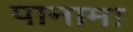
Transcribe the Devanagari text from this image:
पानामा